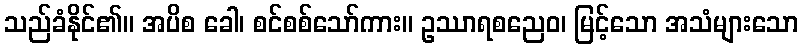
သည်ခံနိုင်၏။ အပိစ ခေါ၊ စင်စစ်သော်ကား။ ဥဿာရစညေဝ၊ မြင့်သော အသံများသော